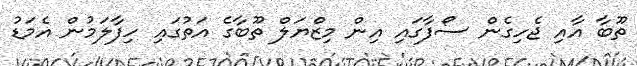
ތޫބާ އާއި ޖެހިގެން ސޯފާގައި އިން މިޒްޔަލް ތޫބާގެ އަތުގައި ހިފާލަމުން އެމަޑު